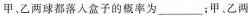
甲、乙两球都落入盒子的概率为_____；甲。乙两